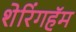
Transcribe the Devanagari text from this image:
शेरिंगहॅम